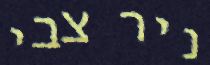
ניר צבי